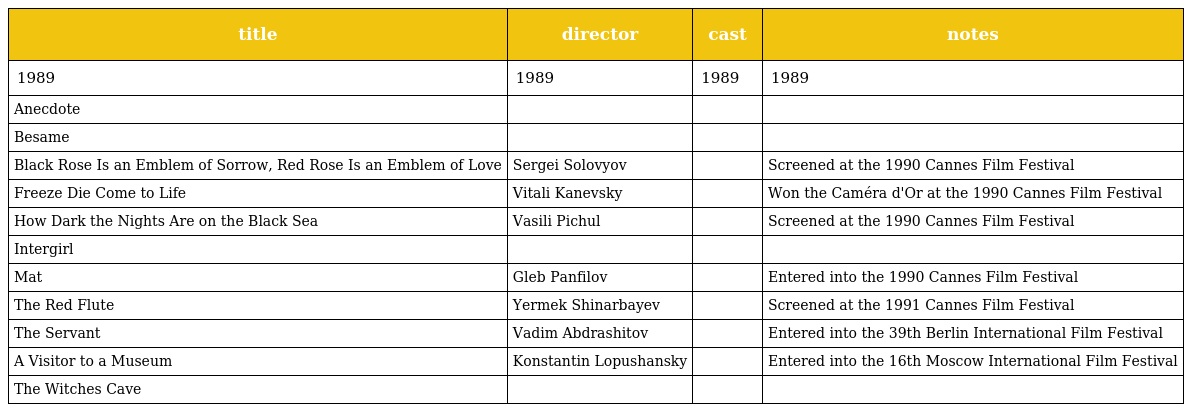
| title | director | cast | notes |
 | --- | --- | --- | --- |
 | 1989 | 1989 | 1989 | 1989 |
 | Anecdote |  |  |  |
 | Besame |  |  |  |
 | Black Rose Is an Emblem of Sorrow, Red Rose Is an Emblem of Love | Sergei Solovyov |  | Screened at the 1990 Cannes Film Festival |
 | Freeze Die Come to Life | Vitali Kanevsky |  | Won the Caméra d'Or at the 1990 Cannes Film Festival |
 | How Dark the Nights Are on the Black Sea | Vasili Pichul |  | Screened at the 1990 Cannes Film Festival |
 | Intergirl |  |  |  |
 | Mat | Gleb Panfilov |  | Entered into the 1990 Cannes Film Festival |
 | The Red Flute | Yermek Shinarbayev |  | Screened at the 1991 Cannes Film Festival |
 | The Servant | Vadim Abdrashitov |  | Entered into the 39th Berlin International Film Festival |
 | A Visitor to a Museum | Konstantin Lopushansky |  | Entered into the 16th Moscow International Film Festival |
 | The Witches Cave |  |  |  |